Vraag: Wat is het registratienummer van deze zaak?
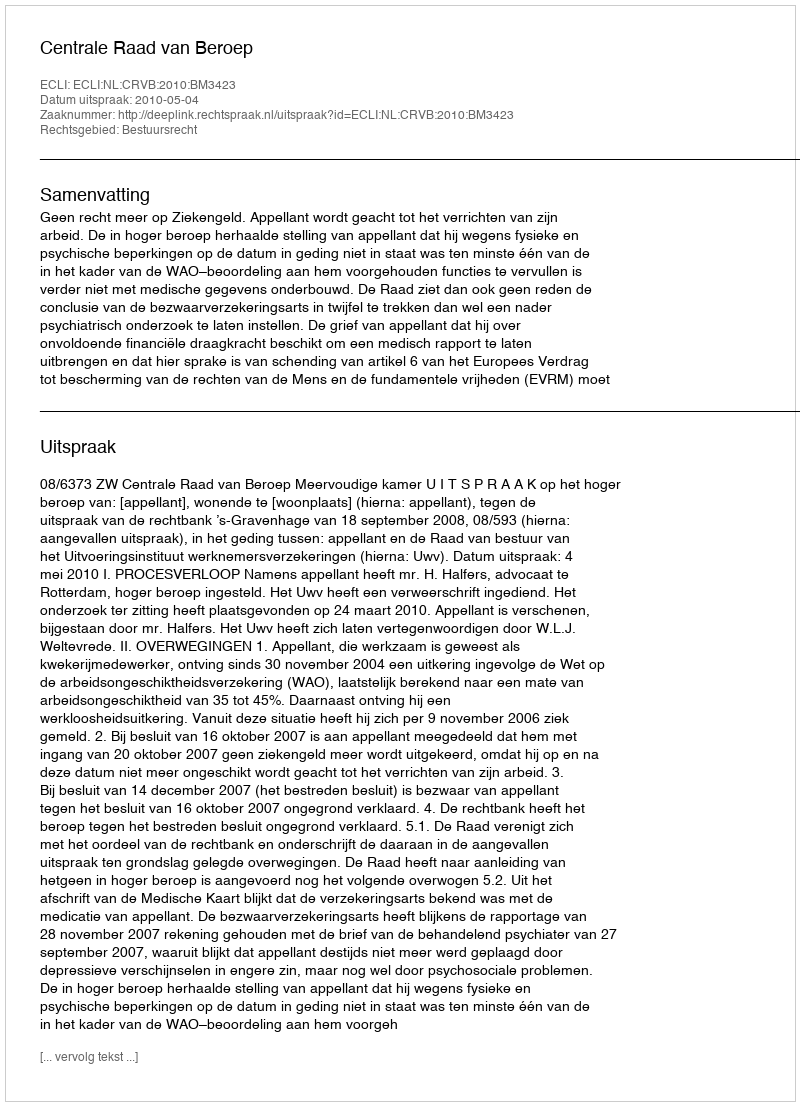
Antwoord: http://deeplink.rechtspraak.nl/uitspraak?id=ECLI:NL:CRVB:2010:BM3423